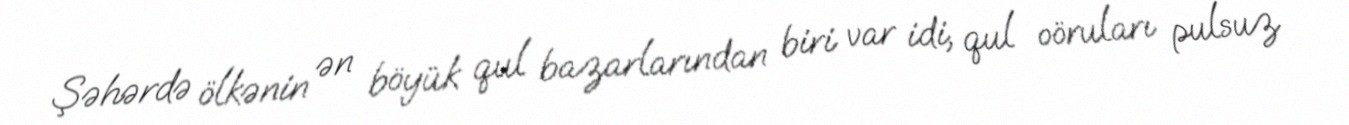
Şəhərdə ölkənin ən böyük qul bazarlarından biri var idi, qul oöruları pulsuz